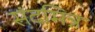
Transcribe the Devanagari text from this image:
संदमित्र